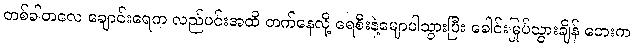
တစ်ခါတလေ ချောင်းရေက လည်ပင်းအထိ တက်နေလို့ ရေစီးနဲ့မျောပါသွားပြီး ခေါင်းမြုပ်သွားချိန် ဘေးက